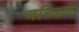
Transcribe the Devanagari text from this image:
चरित्रण